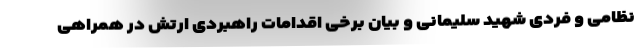
نظامی و فردی شهید سلیمانی و بیان برخی اقدامات راهبردی ارتش در همراهی